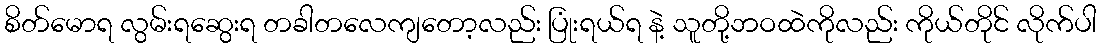
စိတ်မောရ လွမ်းရဆွေးရ တခါတလေကျတော့လည်း ပြုံးရယ်ရ နဲ့ သူတို့ဘဝထဲကိုလည်း ကိုယ်တိုင် လိုက်ပါ